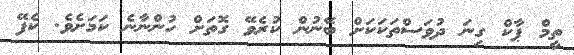
ތީމް ޕާކް ގިނަ ދުވަސްތަކަކަށް ބޭނުން ކުރެވޭ ގޮތަށް ހުންނާނެ ކަމަށެވެ. ކެފޭ